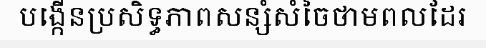
បង្កើនប្រសិទ្ធភាពសន្សំសំចៃថាមពលដែរ